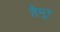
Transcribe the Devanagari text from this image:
तैमु्र